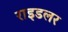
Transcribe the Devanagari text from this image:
राइडलर